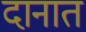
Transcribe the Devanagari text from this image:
दानात